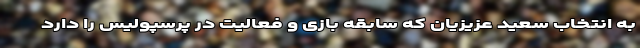
به انتخاب سعید عزیزیان که سابقه بازی و فعالیت در پرسپولیس را دارد